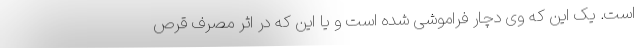
است. یک این که وی دچار فراموشی شده است و یا این که در اثر مصرف قرص